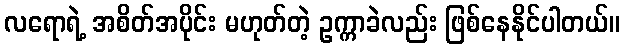
လရောရဲ့ အစိတ်အပိုင်း မဟုတ်တဲ့ ဥက္ကာခဲလည်း ဖြစ်နေနိုင်ပါတယ်။